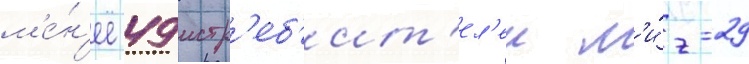
м'е́н'ее 49 истр'еб'ит'ел'еи м'и́г-29